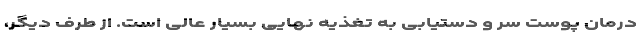
درمان پوست سر و دستیابی به تغذیه نهایی بسیار عالی است. از طرف دیگر،